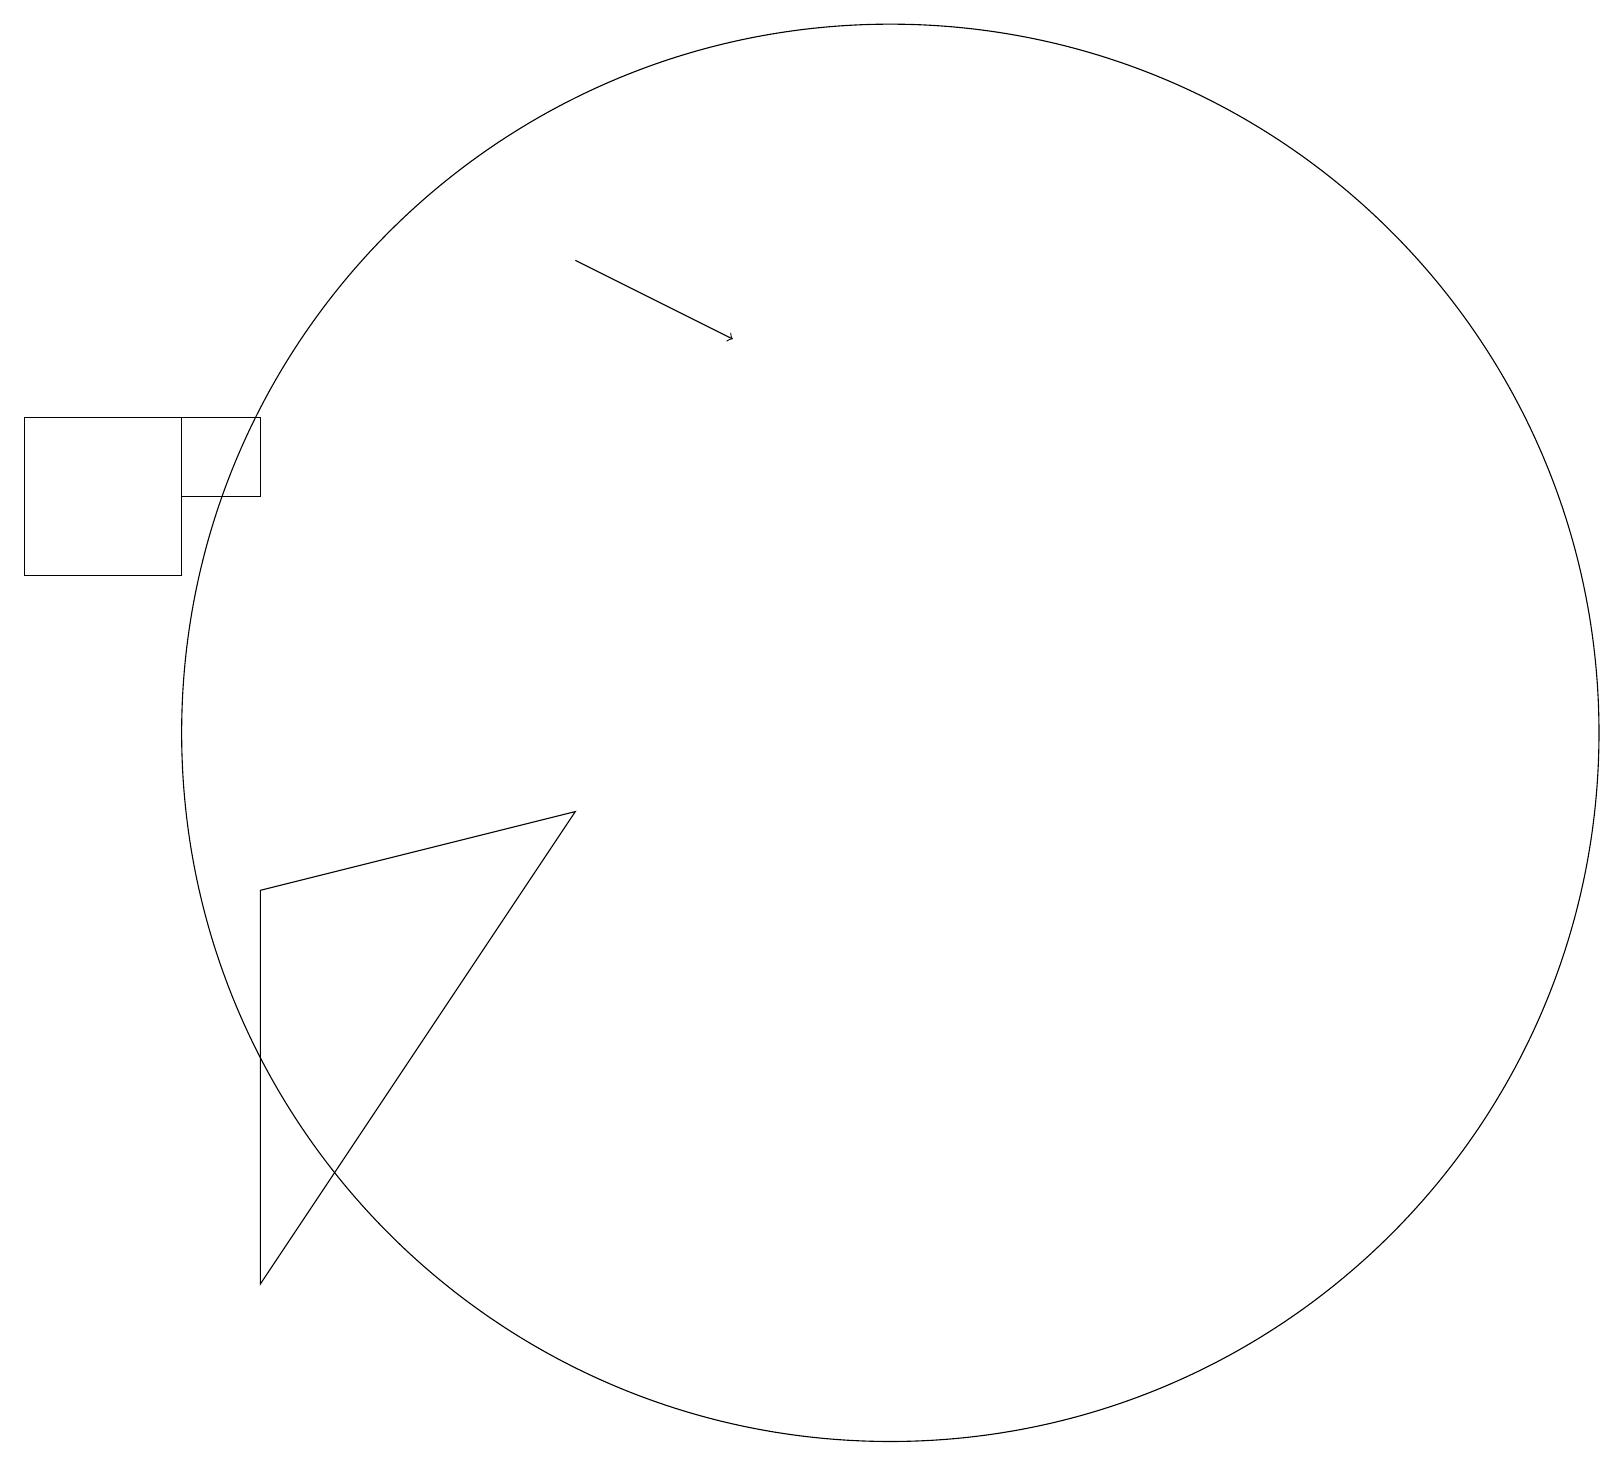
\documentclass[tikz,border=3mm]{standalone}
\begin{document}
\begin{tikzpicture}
\draw (3,3) -- (3,8) -- (7,9) -- cycle;
\draw[->] (7,16) -- (9,15);
\draw (11,10) circle (9);
\draw (2,14) rectangle (0,12);
\draw (3,14) rectangle (2,13);
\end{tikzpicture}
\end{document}